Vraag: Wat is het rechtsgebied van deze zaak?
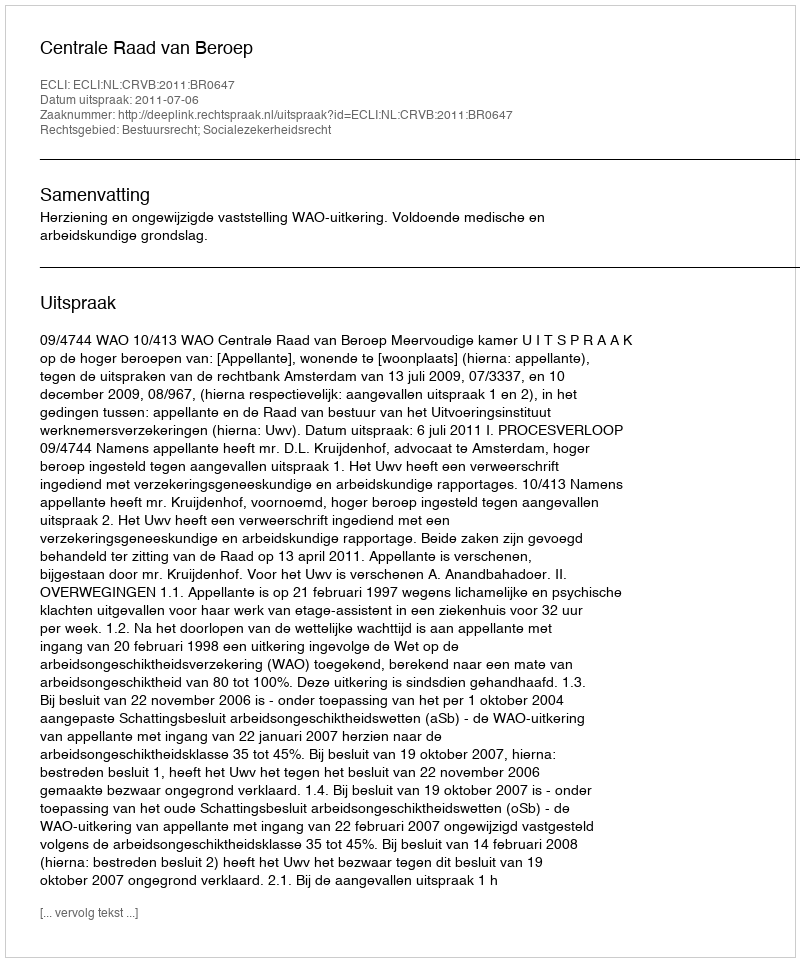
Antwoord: Bestuursrecht; Socialezekerheidsrecht